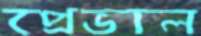
প্রেভাল